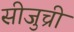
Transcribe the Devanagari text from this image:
सीजुच्री